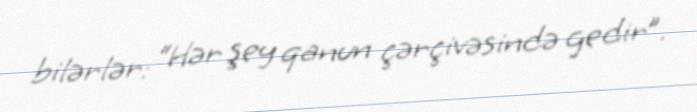
bilərlər: “Hər şey qanun çərçivəsində gedir”.